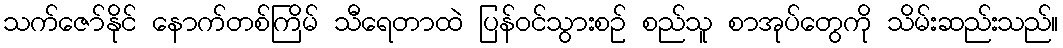
သက်ဇော်နိုင် နောက်တစ်ကြိမ် သီရေတာထဲ ပြန်ဝင်သွားစဉ် စည်သူ စာအုပ်တွေကို သိမ်းဆည်းသည်။